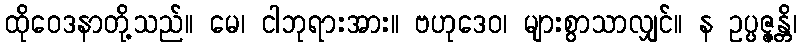
ထိုဝေဒနာတို့သည်။ မေ၊ ငါဘုရားအား။ ဗဟုဒေဝ၊ များစွာသာလျှင်။ န ဥပ္ပဇ္ဇန္တိ၊